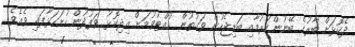
ދެކޮޅަށް ބާރުގެ ބޭނުންކުރުމާއި ބަޑިޖެހުން ވަގުތުން ހުއްޓުވުމަށް އިދިކޮޅު ވަފުދުން ހުށަހަޅާފައި ވެއެވެ.